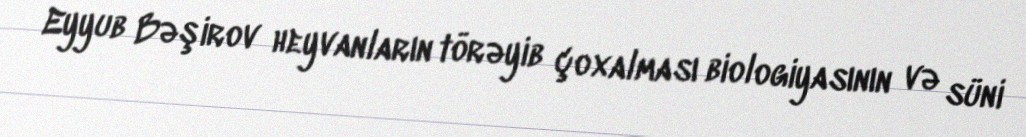
Eyyub Bəşirov heyvanların törəyib çoxalması biologiyasının və süni